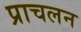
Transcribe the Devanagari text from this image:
प्राचलन